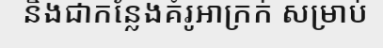
និងជាកន្លែងគំរូអាក្រក់ សម្រាប់